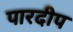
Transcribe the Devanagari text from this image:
पारदीप